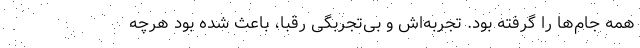
همه جام‌ها را گرفته بود. تجربه‌اش و بی‌تجربگی رقبا، باعث شده بود هرچه